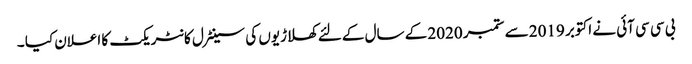
بی سی سی آئی نے اکتوبر 2019 سے ستمبر 2020 کے سال کےلئے کھلاڑیوں کی سینٹرل کانٹریکٹ کا اعلان کیا ۔